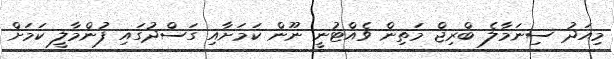
މިއަދު ސިނަމާލެ ބްރިޖް މަތިން ވެއްޓުނީ ނޫން ކަމަށާއި ގަސްދުގައި ފުންމާލީ ކަމަށް